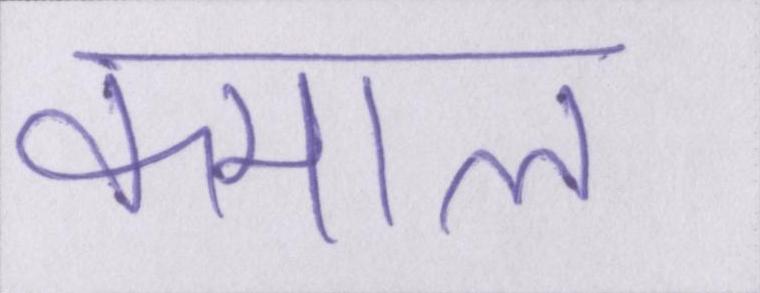
कमाल